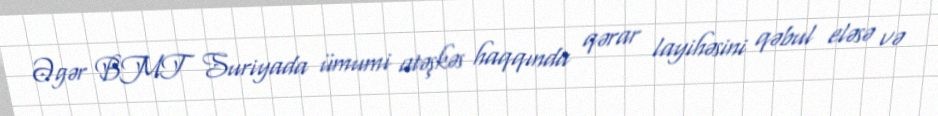
Əgər BMT Suriyada ümumi atəşkəs haqqında qərar layihəsini qəbul eləsə və